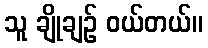
သူ ချိုချဉ် ဝယ်တယ်။